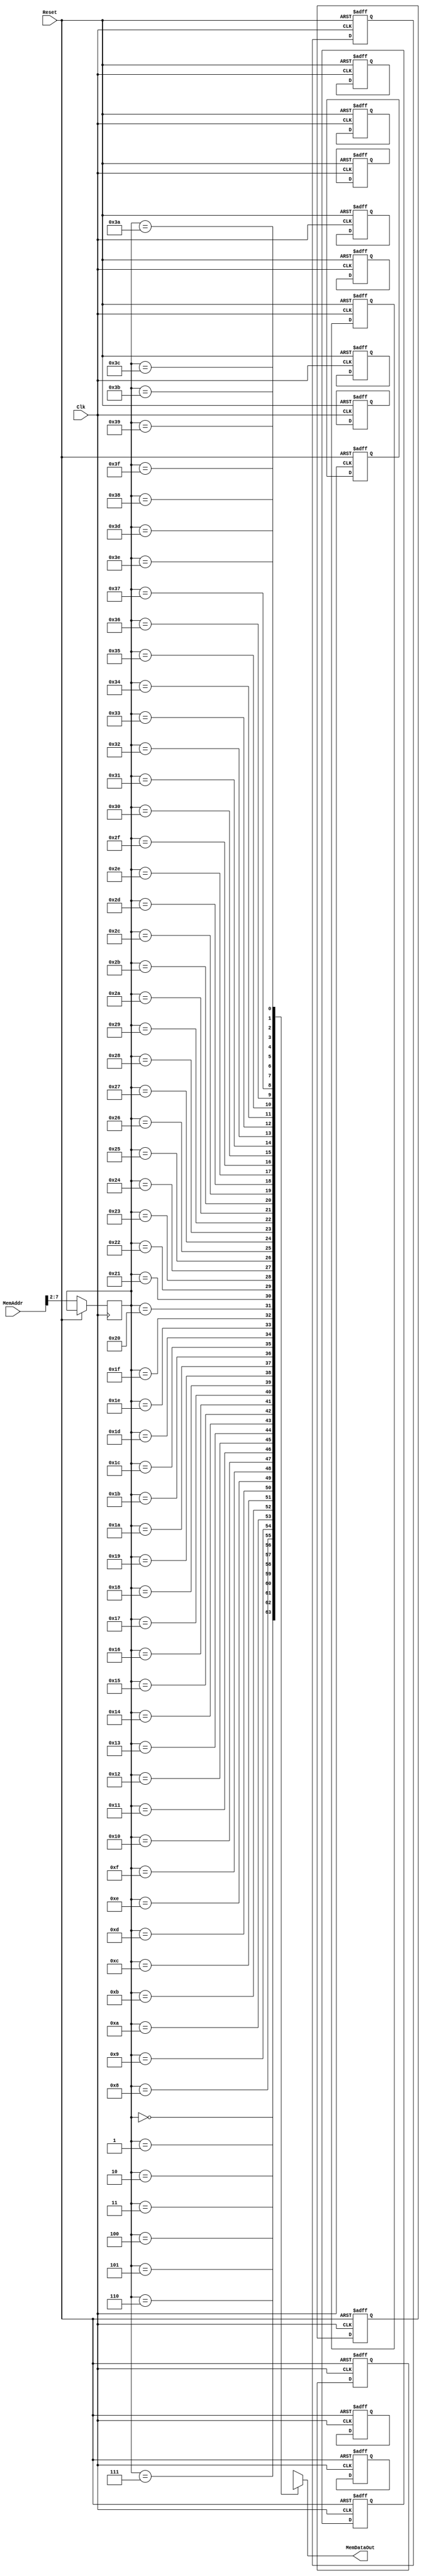
module InstMemory
(
// Input
		input										Reset,
		input 									Clk,
		input					[31:0]		MemAddr,
// Output
		output	wire		[31:0]		MemDataOut
    );

// Internal Variables
		reg				[31:0]		Memory[0:63];
		reg 			[5:0]			Addr;

	assign		MemDataOut	=	Memory[Addr];

	always @ ( posedge Reset or posedge Clk )
		begin
			if ( Reset )
				begin
					Memory[0]			<=		{6'd8, 5'd29, 5'd29, -16'd8};              // addi $sp $sp -8
					Memory[1]			<=		{6'd0, 5'd4, 5'd5, 5'd8, 5'd0, 6'd42};     // slt $t0 $a0 $a1
					Memory[2]			<=		{6'd43, 5'd29, 5'd31, 16'd4};              // sw $ra 4($sp)
					Memory[3]			<=		{6'd43, 5'd29, 5'd4, 16'd0};               // sw $a0 0($sp)
					Memory[4]      <=    {6'd4, 5'd8, 5'd0, 16'd3};                 // beq $t0 $0 L1
					Memory[5]      <=    {6'd8, 5'd0, 5'd2, 16'd0};                 // addi $v0 $0 0
					Memory[6]      <=    {6'd8, 5'd29, 5'd29, 16'd8};               // addi $sp $sp 8
					Memory[7]      <=    {6'd0, 5'd31, 5'd0, 5'd0, 5'd0, 6'd8};     // jr $ra
					// L1
					Memory[8]      <=    {6'd8, 5'd4, 5'd4, -16'd1};                // addi $a0 $a0 -1
					Memory[9]      <=    {6'd3, 26'd0};                             // jal SUM
					Memory[10]     <=    {6'd35, 5'd29, 5'd4, 16'd0};               // lw $a0 0($sp)
					Memory[11]     <=    {6'd35, 5'd29, 5'd31, 16'd4};              // lw $ra 4($sp)
					Memory[12]     <=    {6'd8, 5'd29, 5'd29, 16'd8};               // addi $sp $sp 8
					Memory[13]     <=    {6'd0, 5'd4, 5'd2, 5'd2, 5'd0, 6'd32};     // add $v0 $a0 $v0
					Memory[14]     <=    {6'd0, 5'd31, 5'd0, 5'd0, 5'd0, 6'd8};     // jr $ra
				end
			else
				Addr	<=		MemAddr[7:2];
		end

endmodule